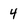
Character: 4